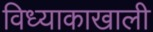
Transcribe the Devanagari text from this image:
विध्याकाखाली